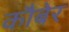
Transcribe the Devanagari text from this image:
कौबेर